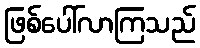
ဖြစ်ပေါ်လာကြသည်